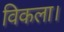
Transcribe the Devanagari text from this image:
विकला।